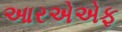
આરએએફ